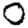
Digit: 0